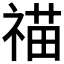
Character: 𮵝